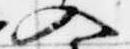
入